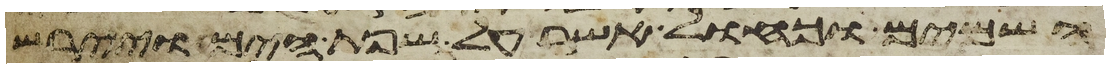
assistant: השמים וכחול אשר על שפת הים ויירש